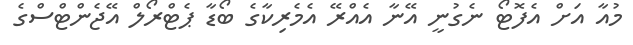
މުއާ އަށް އެފޮޓޯ ނެގުނީ އޭނާ އެއްރޭ އެމެރިކާގެ ބޯޑާ ޕެޓްރޯލް އޭޖެންޓްސްގެ